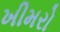
ખીમરો